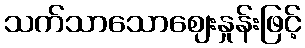
သက်သာသောဈေးနှုန်းဖြင့်